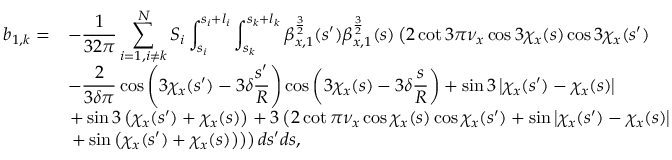
\begin{array} { c l } { \displaystyle b _ { 1 , k } = } & { \displaystyle - \frac { 1 } { 3 2 \pi } \sum _ { i = 1 , i \neq k } ^ { N } { S _ { i } \int _ { s _ { i } } ^ { s _ { i } + l _ { i } } \int _ { s _ { k } } ^ { s _ { k } + l _ { k } } { \beta _ { x , 1 } ^ { \frac { 3 } { 2 } } ( s ^ { \prime } ) \beta _ { x , 1 } ^ { \frac { 3 } { 2 } } ( s ) \left( 2 \cot { 3 \pi \nu _ { x } } \cos { 3 \chi _ { x } ( s ) } \cos { 3 \chi _ { x } ( s ^ { \prime } ) } \right. } } } \\ & { \displaystyle - \frac { 2 } { 3 \delta \pi } \cos { \left( 3 \chi _ { x } ( s ^ { \prime } ) - 3 \delta \frac { s ^ { \prime } } { R } \right) } \cos { \left( 3 \chi _ { x } ( s ) - 3 \delta \frac { s } { R } \right) } + \sin { 3 \left| \chi _ { x } ( s ^ { \prime } ) - \chi _ { x } ( s ) \right| } } \\ & { \left. + \sin { 3 \left( \chi _ { x } ( s ^ { \prime } ) + \chi _ { x } ( s ) \right) } + 3 \left( 2 \cot { \pi \nu _ { x } } \cos { \chi _ { x } ( s ) } \cos { \chi _ { x } ( s ^ { \prime } ) } + \sin { \left| \chi _ { x } ( s ^ { \prime } ) - \chi _ { x } ( s ) \right| } \right. \right. } \\ & { \left. \left. + \sin { \left( \chi _ { x } ( s ^ { \prime } ) + \chi _ { x } ( s ) \right) } \right) \right) d s ^ { \prime } d s , } \end{array}